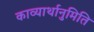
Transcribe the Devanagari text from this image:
काव्यार्थानुमिति